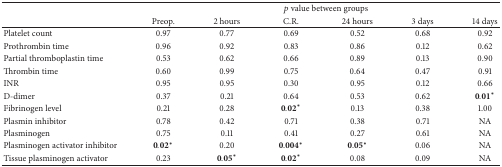
<table><thead><tr><td><b> </b></td><td colspan="6"><b><i>p</i> value between groups</b></td></tr><tr><td><b> </b></td><td><b>Preop.</b></td><td><b>2 hours</b></td><td><b>C.R.</b></td><td><b>24 hours</b></td><td><b>3 days</b></td><td><b>14 days</b></td></tr></thead><tbody><tr><td>Platelet count</td><td>0.97</td><td>0.77</td><td>0.69</td><td>0.52</td><td>0.68</td><td>0.92</td></tr><tr><td>Prothrombin time</td><td>0.96</td><td>0.92</td><td>0.83</td><td>0.86</td><td>0.12</td><td>0.62</td></tr><tr><td>Partial thromboplastin time</td><td>0.53</td><td>0.62</td><td>0.66</td><td>0.89</td><td>0.13</td><td>0.90</td></tr><tr><td>Thrombin time</td><td>0.60</td><td>0.99</td><td>0.75</td><td>0.64</td><td>0.47</td><td>0.91</td></tr><tr><td>INR</td><td>0.95</td><td>0.95</td><td>0.30</td><td>0.95</td><td>0.12</td><td>0.66</td></tr><tr><td>D-dimer</td><td>0.37</td><td>0.21</td><td>0.64</td><td>0.53</td><td>0.62</td><td>0.01<sup><b>∗</b></sup></td></tr><tr><td>Fibrinogen level </td><td>0.21</td><td>0.28</td><td>0.02<sup><b>∗</b></sup></td><td>0.13</td><td>0.38</td><td>1.00</td></tr><tr><td>Plasmin inhibitor</td><td>0.78</td><td>0.42</td><td>0.71</td><td>0.38</td><td>0.71</td><td>NA</td></tr><tr><td>Plasminogen</td><td>0.75</td><td>0.11</td><td>0.41</td><td>0.27</td><td>0.61</td><td>NA</td></tr><tr><td>Plasminogen activator inhibitor</td><td>0.02<sup><b>∗</b></sup></td><td>0.20</td><td>0.004<sup><b>∗</b></sup></td><td>0.05<sup><b>∗</b></sup></td><td>0.06</td><td>NA</td></tr><tr><td>Tissue plasminogen activator</td><td>0.23</td><td>0.05<sup><b>∗</b></sup></td><td>0.02<sup><b>∗</b></sup></td><td>0.08</td><td>0.09</td><td>NA</td></tr></tbody></table>